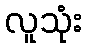
လူသုံး